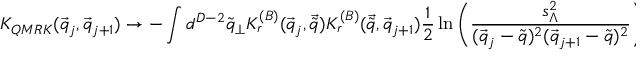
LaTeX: { \cal K } _ { Q M R K } ( \vec { q } _ { j } , \vec { q } _ { j + 1 } ) \rightarrow - \int { d ^ { D - 2 } \tilde { q } _ { \perp } } { \cal K } _ { r } ^ { ( B ) } ( \vec { q } _ { j } , \vec { \tilde { q } } ) { \cal K } _ { r } ^ { ( B ) } ( \vec { \tilde { q } } , \vec { q } _ { j + 1 } ) \frac { 1 } { 2 } \ln \left( \frac { s _ { \Lambda } ^ { 2 } } { ( \vec { q } _ { j } - \tilde { q } ) ^ { 2 } ( \vec { q } _ { j + 1 } - \tilde { q } ) ^ { 2 } } \right) .